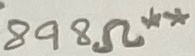
Text: 898Ω**